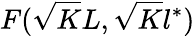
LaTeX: F(\sqrt KL,\sqrt Kl^{*})